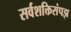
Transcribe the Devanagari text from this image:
सर्वशक्तिसंपझ